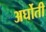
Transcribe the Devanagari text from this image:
अर्घोती